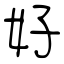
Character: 好